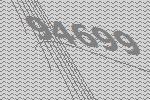
94699